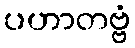
ပဟာတဗ္ဗံ